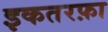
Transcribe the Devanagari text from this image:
इकतरफ़ा